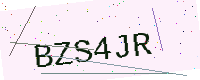
Text: BZS4JR